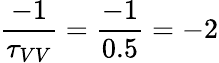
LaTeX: \frac{-1}{\tau_{VV}}=\frac{-1}{0.5}=-2